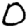
Digit: 0